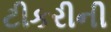
ટીકરીની